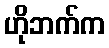
ဟိုဘက်က